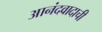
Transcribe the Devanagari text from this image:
आनंदवादाची